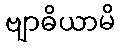
ဗျာဓိယာမိ